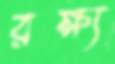
রক্ষ্য